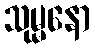
သုမ္မနော